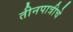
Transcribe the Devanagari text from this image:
तीनपात्रीचे